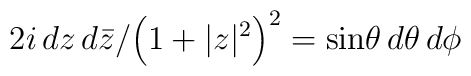
2i \, dz \, d\bar{z}/ {\left( 1 + |z|^2 \right)^2} = \sin \! \theta \, d\theta \, d\phi